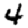
Digit: 4